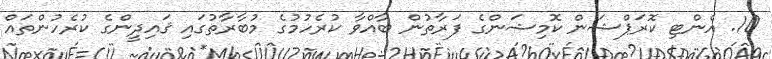
10. އެންޓި ކޮރަޕްޝަން ކޮމިޝަންގެ ފަރާތުން ބާއްވާ ކުރެހުމުގެ މުބާރާތުގައި ޤައިދީންގެ ކުރެހުންތައް